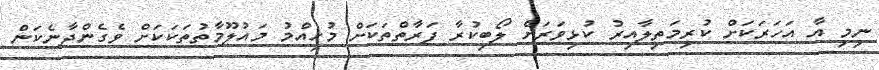
ނިމި އާ އަހަރަކަށް ކުރިމަތިލާއިރު ކުޅިވަރަށް ލޯބިކުރާ ފަރާތްތަކަށް މުހިއްމު މައުލޫމާތުތަކަކަށް ވެގެންދާނެކަން